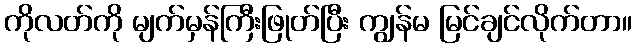
ကိုလတ်ကို မျက်မှန်ကြီးဖြုတ်ပြီး ကျွန်မ မြင်ချင်လိုက်တာ။